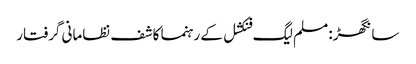
سانگھڑ: مسلم لیگ فنکشل کے رہنما کاشف نظامانی گرفتار